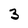
Character: 3